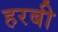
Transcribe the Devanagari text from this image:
हरबी